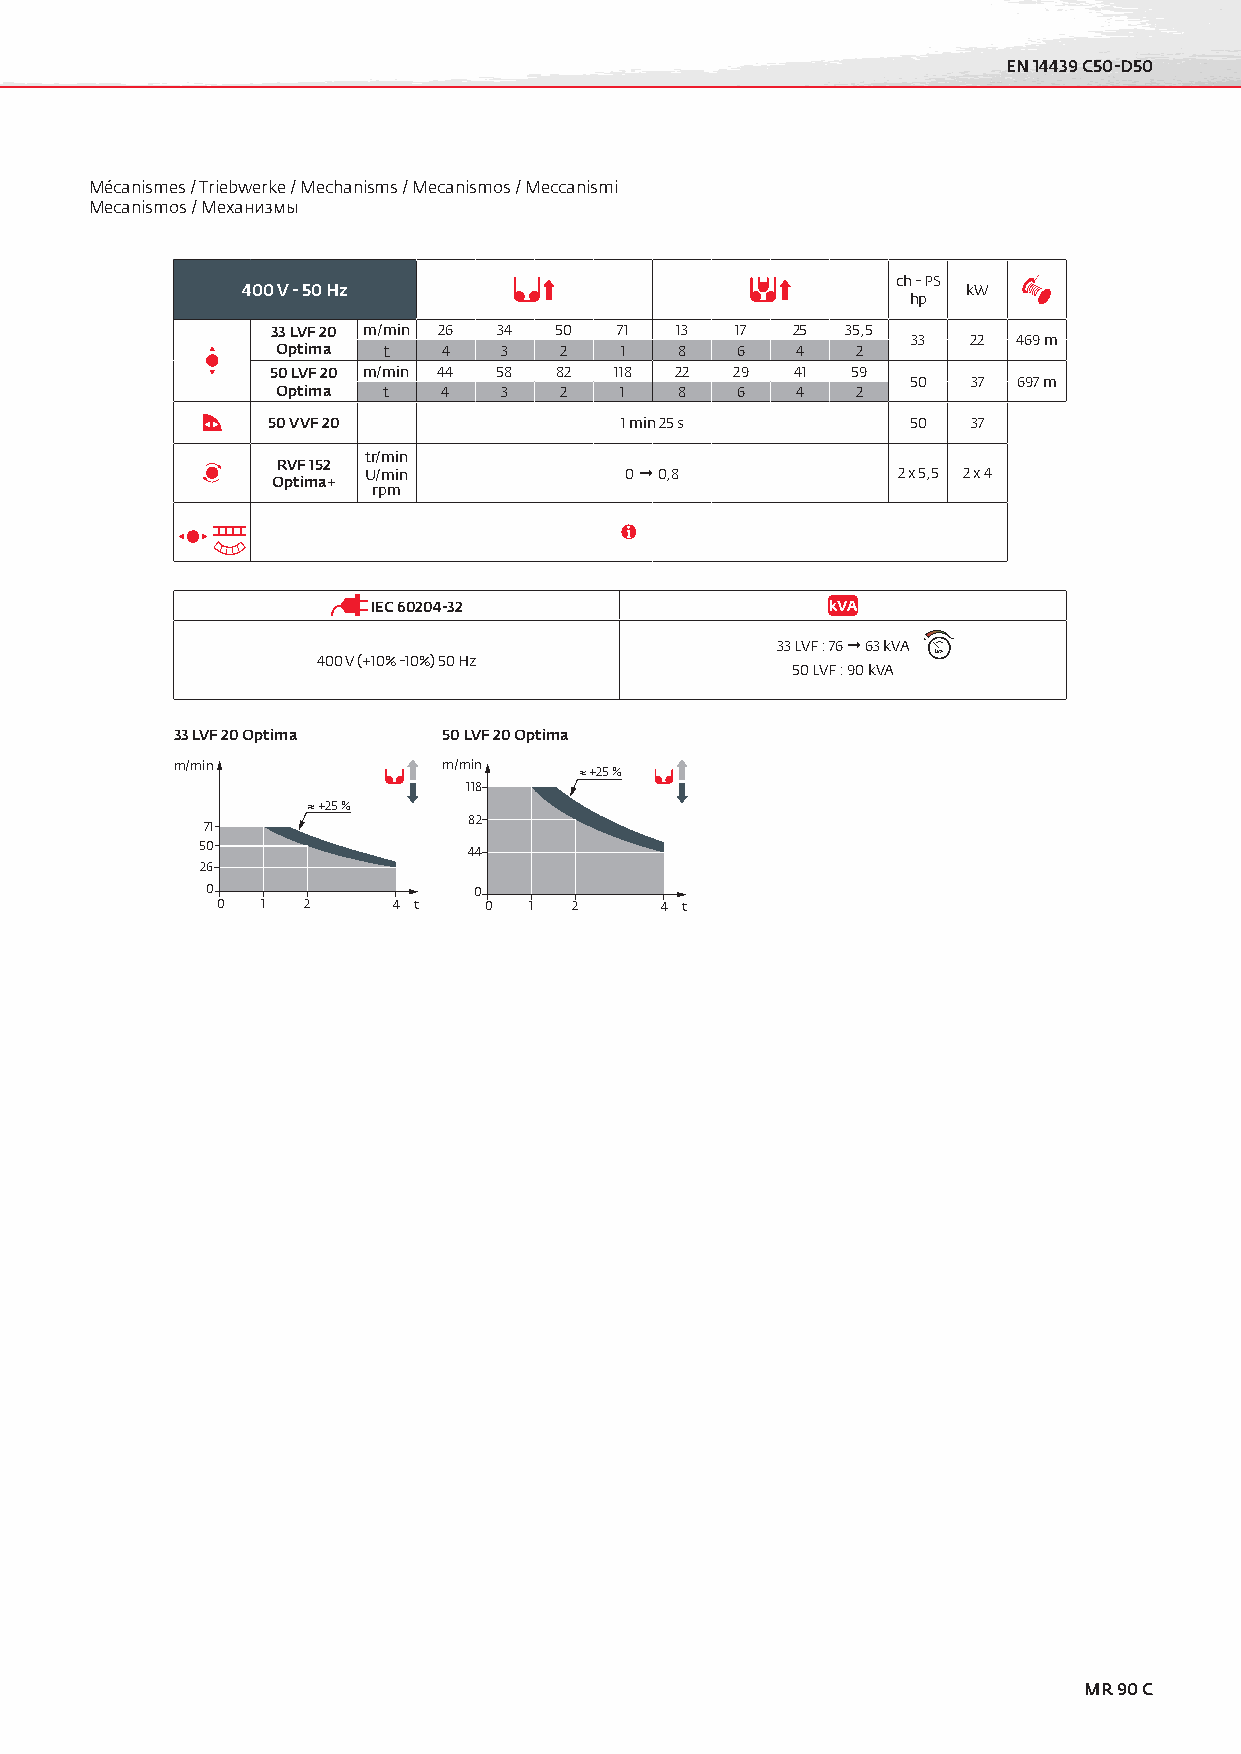
EN 14439 C50-D50
 Mécanismes / Triebwerke / Mechanisms / Mecanismos / Meccanismi
 Mecanismos / Механизмы
 ch - PS
 400 V - 50 Hz                                   kW
 hp
 33 LVF 20 m/min 26 34 50 71 13 17 25  35,5
 33  22 469 m
 Optima t   4   3   2   1   8   6   4   2
 50 LVF 20 m/min 44 58 82 118 22 29 41 59
 50  37 697 m
 Optima t   4   3   2   1   8   6   4   2
 50 VVF 20              1 min 25 s         50  37
 tr/min
 RVF 152
 U/min            0  0,8           2 x 5,5 2 x 4
 Optima+
 rpm
 IEC 60204-32
 33 LVF : 76  63 kVA + -
 400 V (+10% -10%) 50 Hz                  kVA
 50 LVF : 90 kVA
 33 LVF 20 Optima  50 LVF 20 Optima
 m/min             m/min
 +25 %
 118
 +25 %
 82
 71
 50                44
 26
 0                0
 0  1  2     4 t   0  1  2     4 t
 MR 90 C